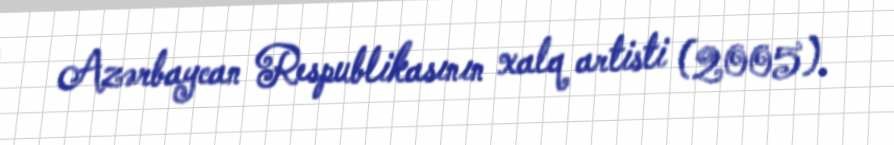
Azərbaycan Respublikasının xalq artisti (2005).